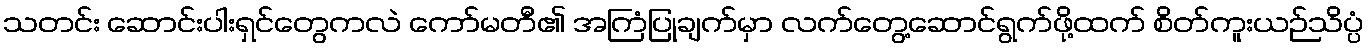
သတင်း ဆောင်းပါးရှင်တွေကလဲ ကော်မတီ၏ အကြံပြုချက်မှာ လက်တွေ့ဆောင်ရွက်ဖို့ထက် စိတ်ကူးယဉ်သိပ္ပံ